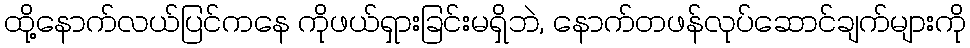
ထို့နောက်လယ်ပြင်ကနေ ကိုဖယ်ရှားခြင်းမရှိဘဲ, နောက်တဖန်လုပ်ဆောင်ချက်များကို